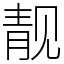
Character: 靓